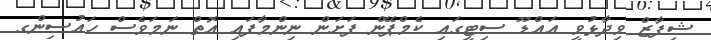
ޝިފާޒް ވިދާޅުވީ އައްޑޫ ސިޓީގައި ކެމްޕޭން ފަށަން ނިންމާފައި އޮތް ނަމަވެސް ހައުސިންގ